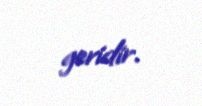
geridir.